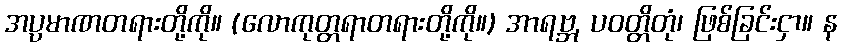
အပ္ပမာဏတရားတို့ကို။ (လောကုတ္တရာတရားတို့ကို။) အာရဗ္ဘ, ပဝတ္တိတုံ၊ ဖြစ်ခြင်းငှာ။ န